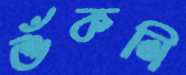
শুঁকলি